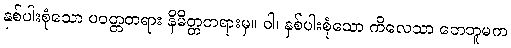
နှစ်ပါးစုံသော ပဝတ္တတရား နိမိတ္တတရားမှ။ ဝါ၊ နှစ်ပါးစုံသော ကိလေသာ တေဘူမက